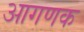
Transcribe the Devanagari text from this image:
आगणक